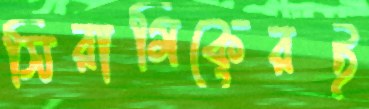
সিরামিকেরই